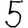
Digit: 5